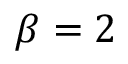
\beta = 2